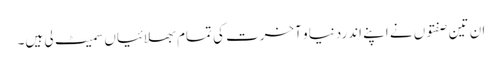
ان تین صفتوں نے اپنے اندردنیا و آخرت کی تمام بھلائیاں سمیٹ لی ہیں۔